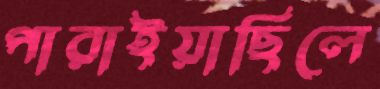
পারাইয়াছিলে